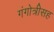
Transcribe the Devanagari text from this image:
गंगोत्रीसह